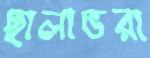
ছালাভরা